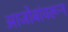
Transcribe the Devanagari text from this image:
आजोबांवरून